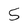
Character: 5